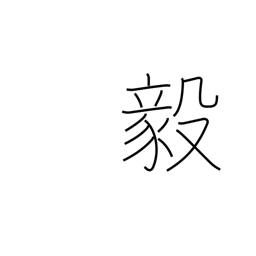
Meaning: strong